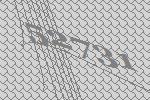
52731